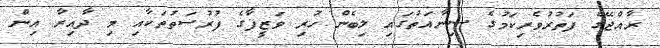
ރާއްޖޭގެ ފަތުރުވެރިކަމުގެ ސިނާއަތުގައި ލިބެން ހުރި ވަޒީފާގެ ފުރުސަތުތަކާއި މި ދާއިރާ އިން